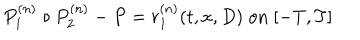
P _ { 1 } ^ { ( n ) } \circ P _ { 2 } ^ { ( n ) } - P = r _ { 1 } ^ { ( n ) } ( t , x , D ) \; \mathrm { o n } \; [ - T , T ]